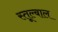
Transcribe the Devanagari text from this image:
स्तूल्बाल